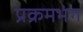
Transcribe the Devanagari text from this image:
प्रक्रमभंग